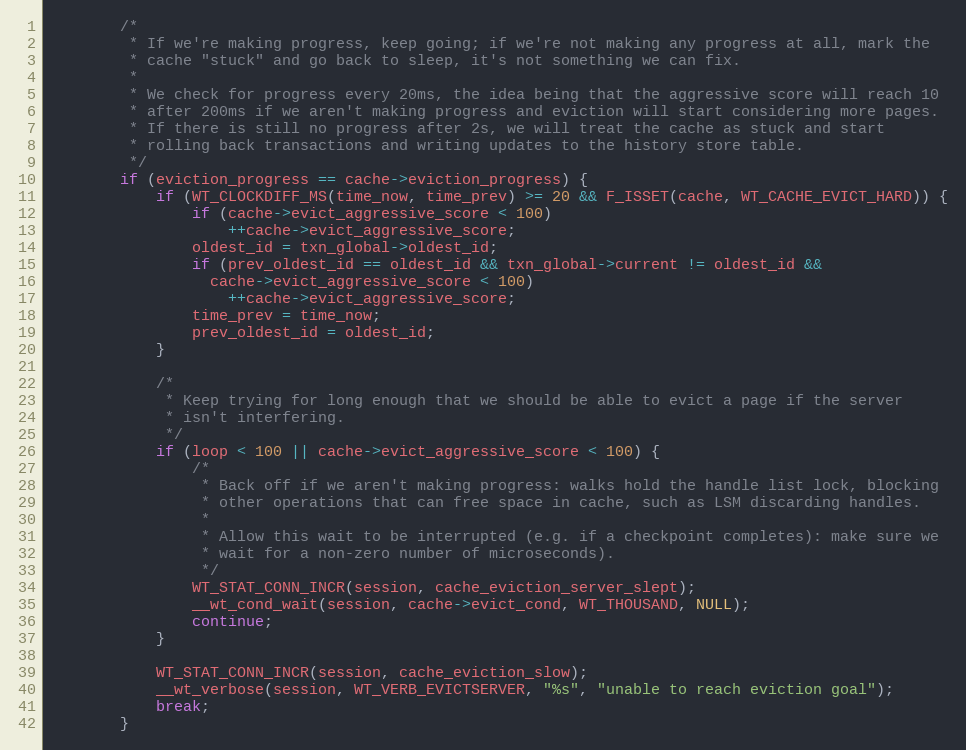
Language: C
        /*
         * If we're making progress, keep going; if we're not making any progress at all, mark the
         * cache "stuck" and go back to sleep, it's not something we can fix.
         *
         * We check for progress every 20ms, the idea being that the aggressive score will reach 10
         * after 200ms if we aren't making progress and eviction will start considering more pages.
         * If there is still no progress after 2s, we will treat the cache as stuck and start
         * rolling back transactions and writing updates to the history store table.
         */
        if (eviction_progress == cache->eviction_progress) {
            if (WT_CLOCKDIFF_MS(time_now, time_prev) >= 20 && F_ISSET(cache, WT_CACHE_EVICT_HARD)) {
                if (cache->evict_aggressive_score < 100)
                    ++cache->evict_aggressive_score;
                oldest_id = txn_global->oldest_id;
                if (prev_oldest_id == oldest_id && txn_global->current != oldest_id &&
                  cache->evict_aggressive_score < 100)
                    ++cache->evict_aggressive_score;
                time_prev = time_now;
                prev_oldest_id = oldest_id;
            }

            /*
             * Keep trying for long enough that we should be able to evict a page if the server
             * isn't interfering.
             */
            if (loop < 100 || cache->evict_aggressive_score < 100) {
                /*
                 * Back off if we aren't making progress: walks hold the handle list lock, blocking
                 * other operations that can free space in cache, such as LSM discarding handles.
                 *
                 * Allow this wait to be interrupted (e.g. if a checkpoint completes): make sure we
                 * wait for a non-zero number of microseconds).
                 */
                WT_STAT_CONN_INCR(session, cache_eviction_server_slept);
                __wt_cond_wait(session, cache->evict_cond, WT_THOUSAND, NULL);
                continue;
            }

            WT_STAT_CONN_INCR(session, cache_eviction_slow);
            __wt_verbose(session, WT_VERB_EVICTSERVER, "%s", "unable to reach eviction goal");
            break;
        }